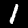
Digit: 1